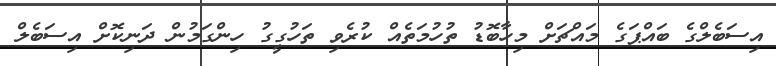
އިސަބެލްގެ ބައްޕަގެ މައްޗަށް މިހާބޮޑު ތުހުމަތެއް ކުރެވި ތަހުގީގު ހިންގަމުން ދަނިކޮށް އިސަބެލް